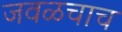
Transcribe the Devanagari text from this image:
जवळचाच